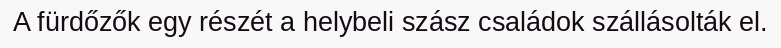
A fürdőzők egy részét a helybeli szász családok szállásolták el.